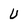
Character: U